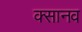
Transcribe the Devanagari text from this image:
क्सानव